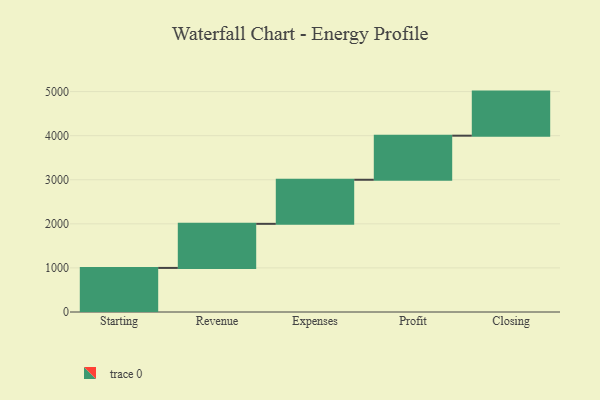
{"axis": {"x": "Step", "y": "Value"}, "legend": [""], "data": [{"x": "Starting", "y": 1000, "type": ""}, {"x": "Revenue", "y": 1000, "type": ""}, {"x": "Expenses", "y": 1000, "type": ""}, {"x": "Profit", "y": 1000, "type": ""}, {"x": "Closing", "y": 1000, "type": ""}]}